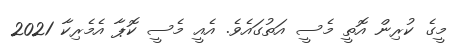
މީގެ ކުރިން އޮތީ މެސީ އަތުގައެވެ. އެއީ މެސީ ކޮޕާ އެމެރިކާ 2021